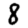
Digit: 8